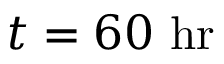
t = 6 0 \ \mathrm { h r }